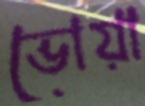
ভোয়া